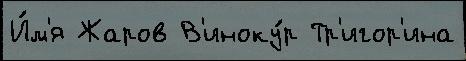
И́м'я Жаров В'иноку́р Тр'игор'ина